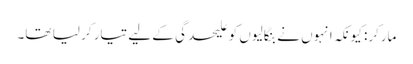
مارکر: کیونکہ انہوں نے بنگالیوں کو علیحدگی کے لیے تیار کر لیا تھا۔